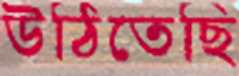
উঠিতেছি